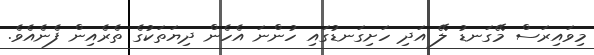
މިވައިރަސް މޭގަނޑު ލޭ އަދި ހަށިގަނޑުގައި ހުންނަ އެހެން ދިޔަތަކުގެ ތެރެއިން ފެނެއެވެ.